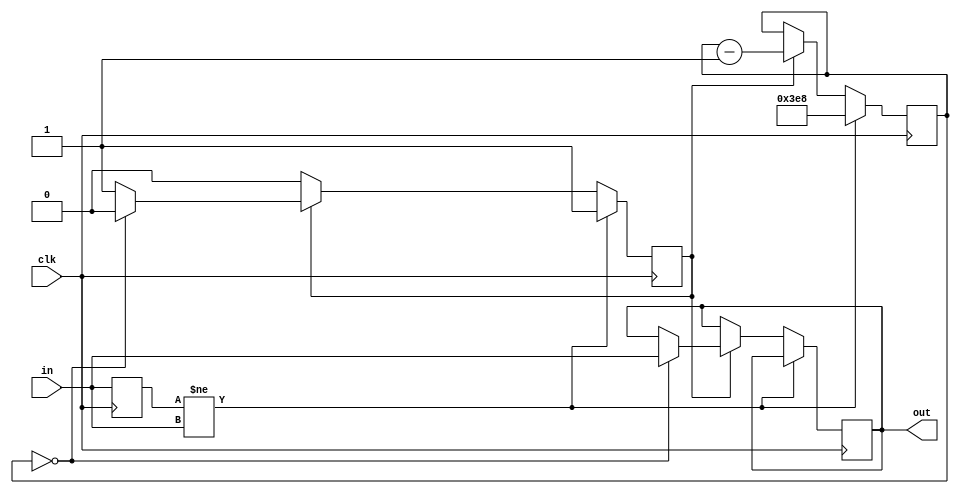
/*
This file is part of verilog-buildingblocks,
by David R. Piegdon <dgit@piegdon.de>

verilog-buildingblocks is free software: you can redistribute it and/or modify
it under the terms of the GNU General Public License as published by
the Free Software Foundation, either version 3 of the License, or
(at your option) any later version.

verilog-buildingblocks is distributed in the hope that it will be useful,
but WITHOUT ANY WARRANTY; without even the implied warranty of
MERCHANTABILITY or FITNESS FOR A PARTICULAR PURPOSE.  See the
GNU General Public License for more details.

You should have received a copy of the GNU General Public License
along with verilog-buildingblocks.  If not, see <https://www.gnu.org/licenses/>.
*/

`default_nettype none

// input debouncer.
//
// if CLOCKED_EDGE_OUT, it yields a rising edge on the output
// indicating a button press, and nothing when the button is released.
// the value will be high for only a single clock cycle.
//
// if not CLOCKED_EDGE_OUT, it yields the debounced value of the input.
//
// INPUT_WHEN_IDLE should be set to the value that the line has
// when no button is pressed. this avoids an initial button press
// when the FPGA is started, and makes sure the edge comes when the
// button is pressed, and not when it is released.
//
// DEBOUNCE_CYCLES is the number of clock cycles after which a
// signal is assumed to be stable, if no changes happened.
module debouncer(
	input wire clk,
	input wire in,
	output reg out = 0);

	parameter CLOCKED_EDGE_OUT = 0;
	parameter INPUT_WHEN_IDLE = 1;
	parameter DEBOUNCE_CYCLES = 1000;

	reg old = INPUT_WHEN_IDLE;
	reg running = 0;
	reg [$clog2(DEBOUNCE_CYCLES+1)-1 : 0] bounce_timeout = 0;

	always @(posedge clk) begin
		if(old != in) begin
			running <= 1;
			bounce_timeout <= DEBOUNCE_CYCLES;
		end else begin
			if(running) begin
				bounce_timeout <= bounce_timeout - 1;
				if(bounce_timeout == 0) begin
					running <= 0;
					if(CLOCKED_EDGE_OUT) begin
						out <= (INPUT_WHEN_IDLE) ? ~in : in;
					end else begin
						out <= in;
					end
				end else begin
					if(CLOCKED_EDGE_OUT) begin
						out <= 0;
					end
				end
			end else begin
				if(CLOCKED_EDGE_OUT) begin
					out <= 0;
				end
			end
		end

		old <= in;
	end

endmodule